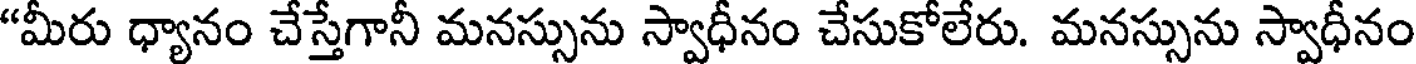
"మీరు ధ్యానం చేస్తేగానీ మనస్సును స్వాధీనం చేసుకోలేరు. మనస్సును స్వాధీనం